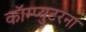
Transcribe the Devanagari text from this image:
कॉम्प्युटरना